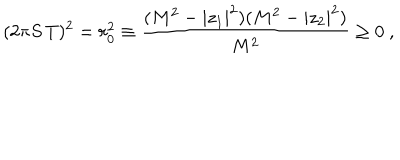
( 2 \pi S \, T ) ^ { 2 } = r _ { 0 } ^ { 2 } \equiv { \frac { ( M ^ { 2 } - | z _ { 1 } | ^ { 2 } ) ( M ^ { 2 } - | z _ { 2 } | ^ { 2 } ) } { M ^ { 2 } } } \geq 0 \ ,